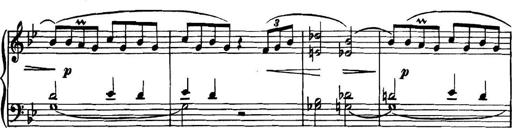
Title: Piano Sonatina in G minor
Composer: John Blackwood McEwen
Key: G minor